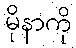
မိုနာကို